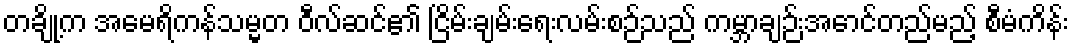
တချို့က အမေရိကန်သမ္မတ ဝီလ်ဆင်၏ ငြိမ်းချမ်းရေးလမ်းစဉ်သည် ကမ္ဘာချဉ်းအောင်တည်မည့် စီမံကိန်း